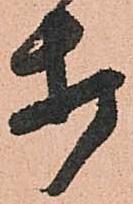
打